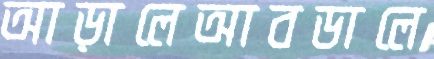
আড়ালেআবডালে